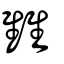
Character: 雔